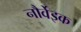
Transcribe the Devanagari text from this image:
नौर्वेइक